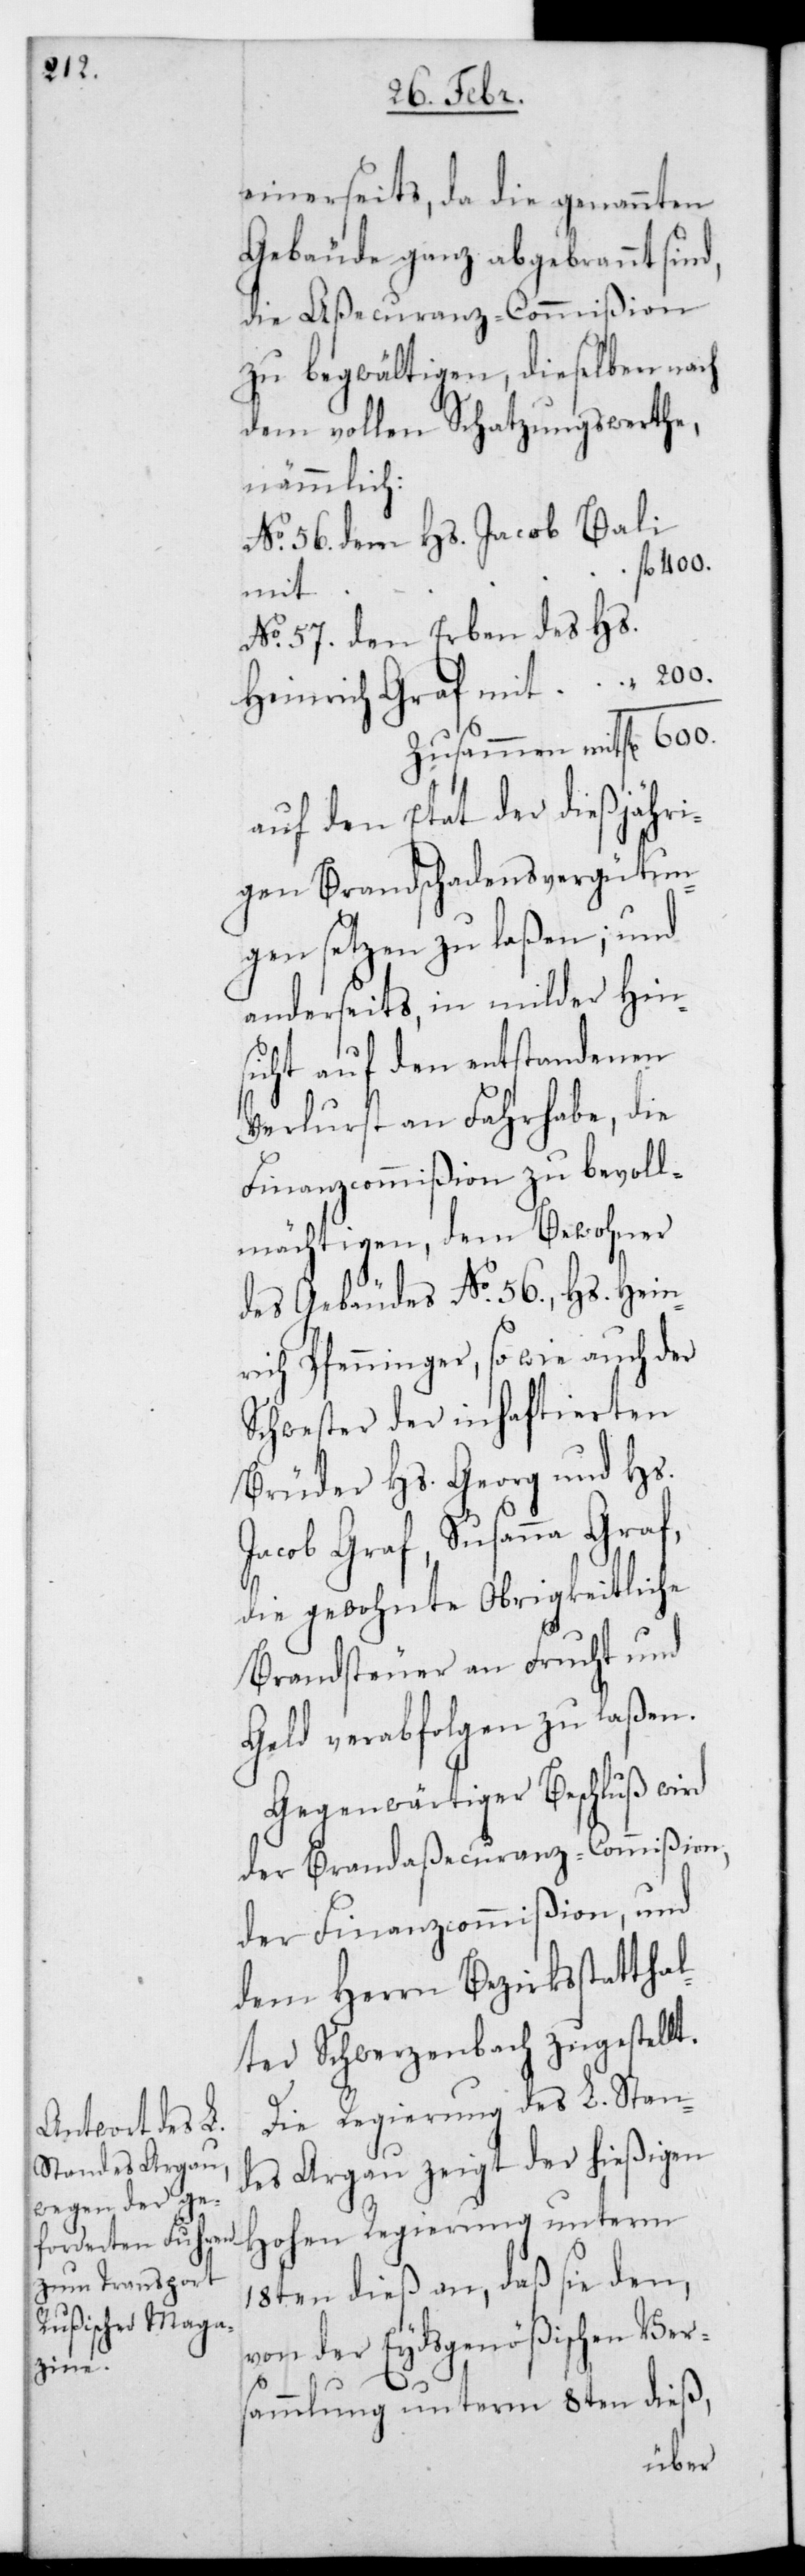
einerseits, da die genannten
Gebäude ganz abgebrannt sind,
die Aßecuranz-Commißion
zu begwältigen, dieselben nach
dem vollen Schatzungswerthe,
nämmlich:
No. 56. dem Hs. Jacob Bali
fl. 400.
mit
No. 57. den Erben des Hs.
Heinrich Graf mit “ 200.
Zusammen mit fl.
auf den Etat der dießjähri¬
gen Brandschadensvergütun¬
gen setzen zu laßen; und
anderseits in milder Hin¬
sicht auf den entstandenen
Verlust an Fahrhabe, die
Finanzcommißion zu bevoll¬
mächtigen, den Bewohner
des Gebäudes No. 56., Hs. Hein¬
rich Pfenninger, sowie auch der
Schwester der inhaftierten
Brüder Hs. Georg und Hs.
Jacob Graf, Susanna Graf,
die gewohnte obrigkeitliche
Brandsteuer an Frucht und
Geld verabfolgen zu laßen.
Gegenwärtiger Beschluß wird
der Brandaßecuranz-Commißion,
der Finanzcommißion und
dem Herrn Bezirksstattha¬
lter Schwerzenbach zugestellt.
Die Regierung des L. Stan¬
des Argau zeigt der hießigen
Hohen Regierung unterm
18ten dieß an, daß sie den,
von der Eydsgenößischen Ver¬
sammlung unterm 8ten dieß,